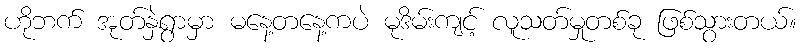
ဟိုဘက် အုတ်နှဲရွာမှာ မနေ့တနေ့ကပဲ မုဒိမ်းကျင့် လူသတ်မှုတစ်ခု ဖြစ်သွားတယ်။